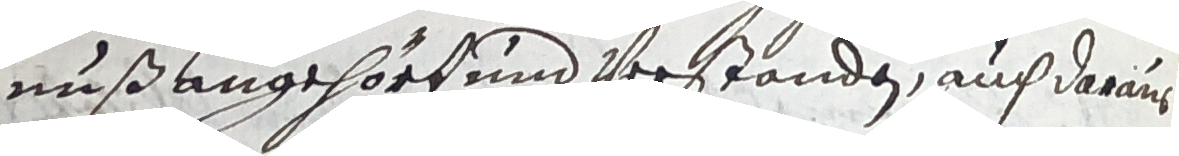
nuß angehört und verstanden, auch darauf